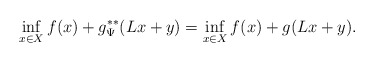
\begin{align*}\inf_{x\in X} f(x) + g^{**}_\Psi (Lx+y) = \inf_{x\in X} f(x) + g (Lx+y).\end{align*}